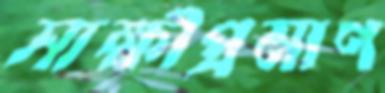
সাক্ষীপ্রমাণ